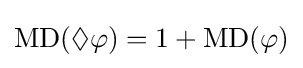
\operatorname {MD} (\Diamond \varphi )=1+\operatorname {MD} (\varphi )